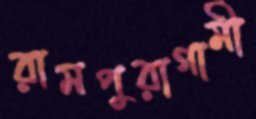
রামপুরাগামী